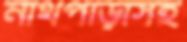
নাথপাড়াসহ